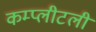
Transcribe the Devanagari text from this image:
कम्प्लीटली